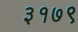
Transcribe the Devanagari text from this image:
३१७९